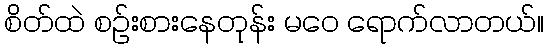
စိတ်ထဲ စဉ်းစားနေတုန်း မဝေ ရောက်လာတယ်။